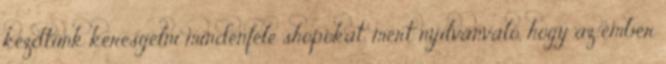
kezdtünk keresgélni mindenféle shopokat, mert nyilvánvaló, hogy az ember